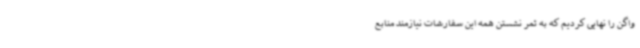
واگن را نهایی کردیم که به ثمر نشستن همه این سفارشات نیازمند منابع